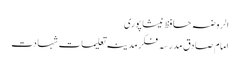
الروضہ حافظ نیشاپوری
امام صادق مدرسہ فکر مدینہ تعلیمات شہادت